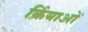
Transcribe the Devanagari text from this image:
र्क्रियाओं